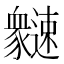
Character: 𲆍